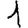
Digit: 1